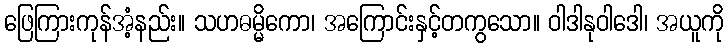
ဖြေကြားကုန်အံ့နည်း။ သဟဓမ္မိကော၊ အကြောင်းနှင့်တကွသော။ ဝါဒါနုဝါဒေါ၊ အယူကို